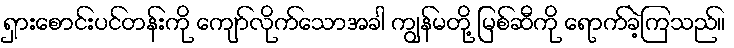
ရှားစောင်းပင်တန်းကို ကျော်လိုက်သောအခါ ကျွန်မတို့ မြစ်ဆီကို ရောက်ခဲ့ကြသည်။